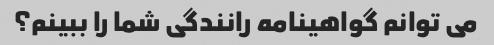
می توانم گواهینامه رانندگی شما را ببینم؟